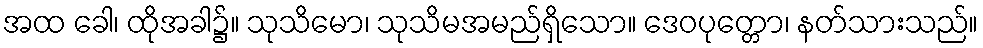
အထ ခေါ၊ ထိုအခါ၌။ သုသိမော၊ သုသိမအမည်ရှိသော။ ဒေဝပုတ္တော၊ နတ်သားသည်။